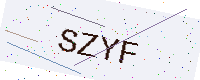
Text: SZYF